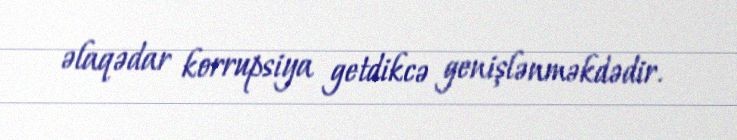
əlaqədar korrupsiya getdikcə genişlənməkdədir.